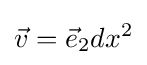
{\vec {v}}={\vec {e}}_{2}dx^{2}